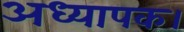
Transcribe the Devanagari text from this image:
अध्यापक।